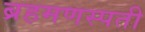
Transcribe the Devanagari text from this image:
ब्रहमणस्पती